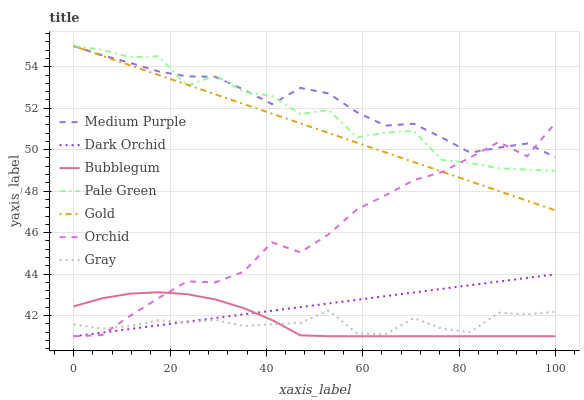
| xaxis_label | Medium Purple | Dark Orchid | Bubblegum | Pale Green | Gold | Orchid | Gray |
 | --- | --- | --- | --- | --- | --- | --- | --- |
 | 0 | 55 | 41 | 42.4 | 55 | 55 | 41 | 41.6 |
 | 5.88 | 54.6 | 41.2 | 42.8 | 54.8 | 54.5 | 41.1 | 41.4 |
 | 11.8 | 54.2 | 41.4 | 43.1 | 54.5 | 54.1 | 42 | 41.5 |
 | 17.6 | 53.8 | 41.5 | 43.1 | 54.5 | 53.6 | 42.8 | 41.8 |
 | 23.5 | 53.5 | 41.7 | 43 | 53.1 | 53.1 | 43.6 | 41.7 |
 | 29.4 | 53.5 | 41.9 | 42.8 | 53.6 | 52.7 | 43.6 | 41.8 |
 | 35.3 | 52.9 | 42.1 | 42.4 | 52.8 | 52.2 | 44.1 | 41.5 |
 | 41.2 | 52.2 | 42.2 | 41.8 | 52.6 | 51.7 | 45.5 | 41.6 |
 | 47.1 | 53 | 42.4 | 41 | 51.7 | 51.3 | 45 | 41.6 |
 | 52.9 | 52.7 | 42.6 | 41 | 51.9 | 50.8 | 45.9 | 42.2 |
 | 58.8 | 51.8 | 42.8 | 41 | 50.6 | 50.3 | 47.1 | 41.1 |
 | 64.7 | 51.2 | 42.9 | 41 | 50.8 | 49.9 | 47.8 | 41.1 |
 | 70.6 | 51.3 | 43.1 | 41 | 50.9 | 49.4 | 48.5 | 41.9 |
 | 76.5 | 50.6 | 43.3 | 41 | 49.5 | 48.9 | 48.9 | 41.4 |
 | 82.4 | 49.9 | 43.5 | 41 | 49.4 | 48.5 | 49.6 | 41.2 |
 | 88.2 | 50.1 | 43.6 | 41 | 49.1 | 48 | 50.4 | 42.1 |
 | 94.1 | 50.3 | 43.8 | 41 | 49 | 47.5 | 49.7 | 42.1 |
 | 100 | 49.6 | 44 | 41 | 49 | 47.1 | 51.3 | 42.2 |